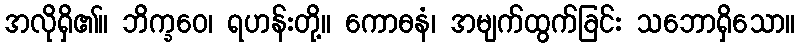
အလိုရှိ၏။ ဘိက္ခဝေ၊ ရဟန်းတို့။ ကောဓနံ၊ အမျက်ထွက်ခြင်း သဘောရှိသော။